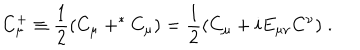
LaTeX: C _ { \mu } ^ { + } \equiv \frac { 1 } { 2 } ( C _ { \mu } + ^ { * } C _ { \mu } ) = \frac { 1 } { 2 } ( C _ { \mu } + i E _ { \mu \nu } C ^ { \nu } ) \; .